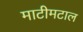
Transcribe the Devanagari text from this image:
माटीमटाल